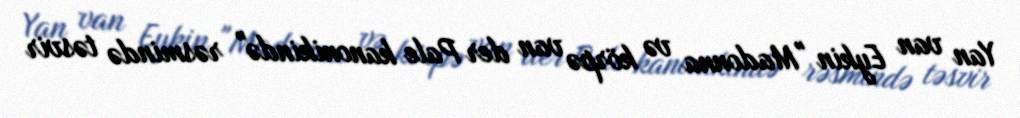
Yan van Eykin "Madonna və körpə van der Pale kanonikində" rəsmində təsvir